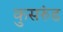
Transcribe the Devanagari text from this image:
कुसरुंड